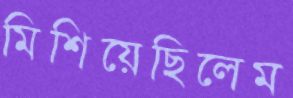
মিশিয়েছিলেম